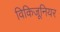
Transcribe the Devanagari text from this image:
विकिजूनियर